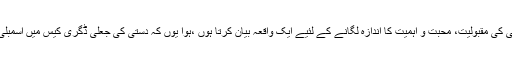
زرداری فیملی میں دستی کی مقبولیت، محبت و اہمیت کا اندازہ لگانے کے لئیے ایک واقعہ بیان کرتا ہوں ،ہوا یوں کہ دستی کی جعلی ڈگری کیس میں اسمبلی ممبر شپ ختم ہو گئی۔